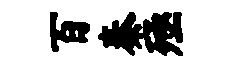
百秦殛